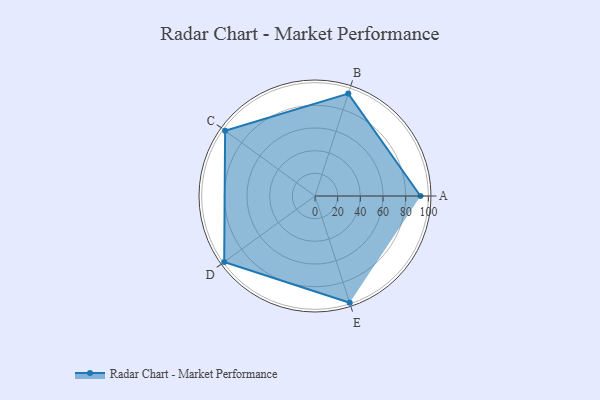
{"axis": {"x": "Skill", "y": "Score"}, "legend": ["Profile"], "data": [{"x": "A", "y": 93.0, "type": "Profile"}, {"x": "B", "y": 95.0, "type": "Profile"}, {"x": "C", "y": 98.0, "type": "Profile"}, {"x": "D", "y": 99, "type": "Profile"}, {"x": "E", "y": 99, "type": "Profile"}]}